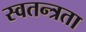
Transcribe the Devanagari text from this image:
स्‍वतन्त्रता